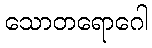
သောတရောဂေါ